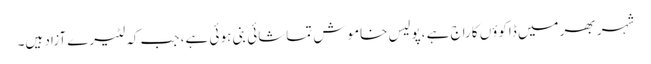
شہر بھر میں ڈاکوؤں کاراج ہے ،پولیس خاموش تماشائی بنی ہو ئی ہے، جب کہ لٹیرے آزاد ہیں۔